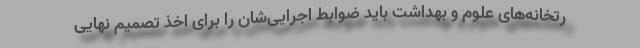
رتخانه‌های علوم و بهداشت باید ضوابط اجرایی‌شان را برای اخذ تصمیم نهایی